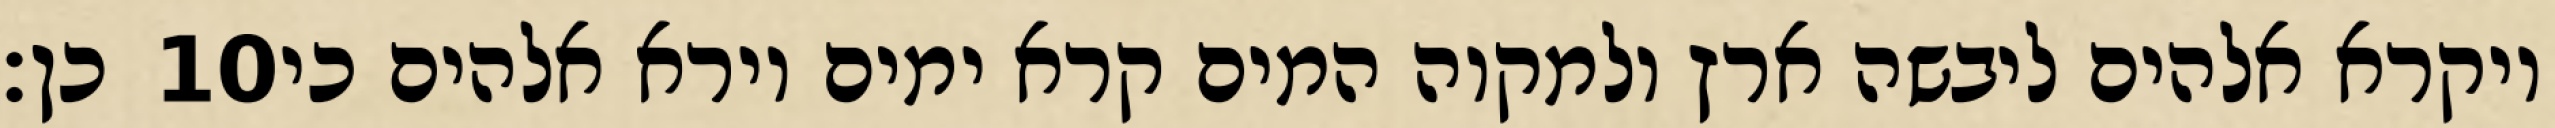
כן׃ ‎10‏ ויקרא אלהים ליבשה ארץ ולמקוה המים קרא ימים וירא אלהים כי